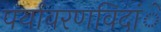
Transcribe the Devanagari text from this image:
पर्यावरणविदांे